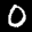
Label: 0